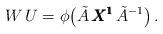
LaTeX: \begin{align*}W \, U = \phi \big( \tilde A \, {\pmb{X^1}} \, \tilde A^{-1} \big) \, .\end{align*}